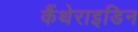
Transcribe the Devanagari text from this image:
कैंथेराइडिन